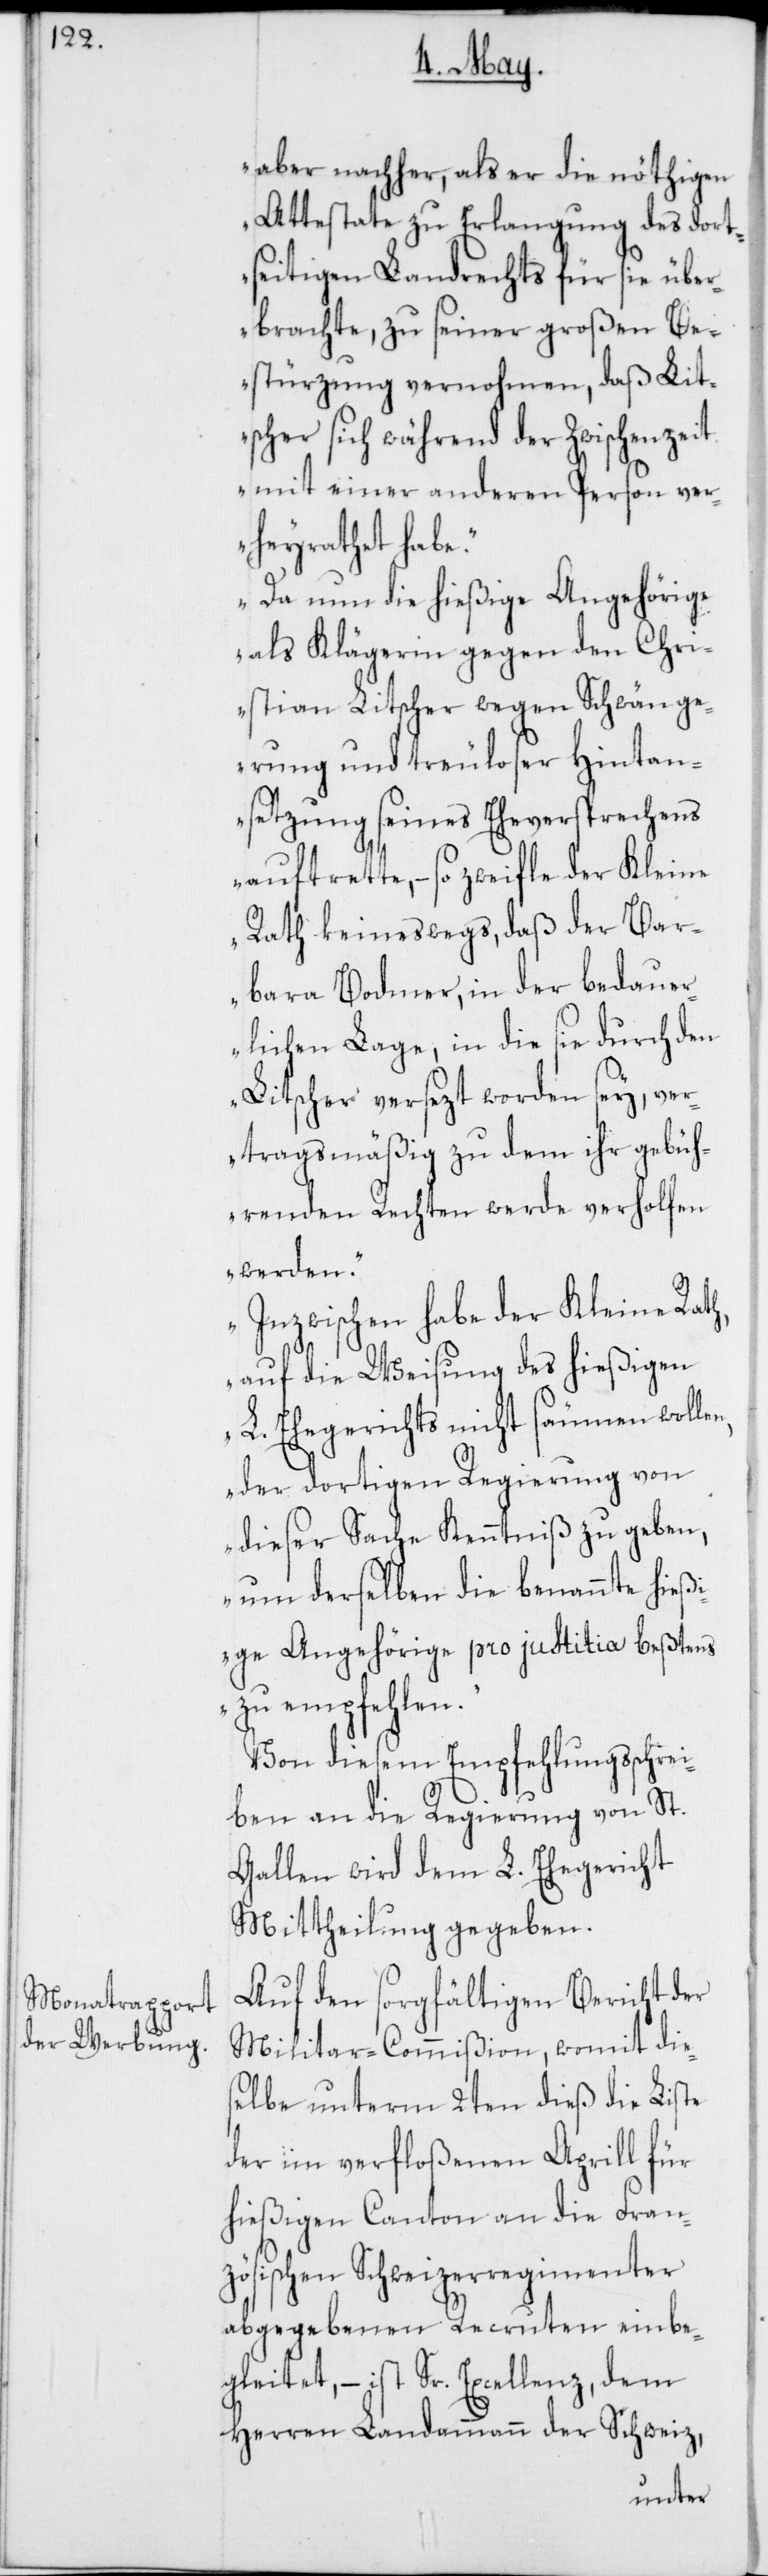
aber nachher, als er die nöthigen
Attestate zu Erlangung des dort¬
seitigen Landrechts für sie über¬
brachte, zu seiner großen Be¬
stürzung vernohmen, daß Lit¬
scher sich während der Zwischenzeit
mit einer anderen Person ver¬
heyrathet habe.
Da nun die hießige Angehörige
als Klägerin gegen den Chri¬
stian Litscher wegen Schwänge¬
rung und treuloser Hintan¬
setzung seines Eheverprechens
auftrette, – so zweyfle der Kleine
Rath keineswegs, daß der Bar¬
bara Bodmer, in der bedaue¬
rlichen Lage, in die sie durch den
Litscher versezt worden sey, ve¬
rtragsmäßig zu dem ihr gebüh¬
renden Rechten werde verholfen
werden.
Inzwischen habe der Kleine Rath,
auf die Weisung des hießigen
L. Ehegerichts nicht säumen wolle¬
n, der dortigen Regierung von
dieser Sache Kenntniß zu geben,
um derselben die benannte hießi¬
ge Angehörige pro justitia beßtens
zu empfehlen.“
Von diesem Empfehlungsschrei¬
ben an die Regierung von St.
Gallen wird dem L. Ehegericht
Mittheilung gegeben.
Auf den sorgfältigen Bericht der
Militar-Commißion, womit die¬
selbe unterm 2ten dieß die Liste
der im verfloßenen Aprill für
hießigen Canton an die Fran¬
zösischen Schweizerregimenter
abgegeben Recruten einbe¬
gleitet, – ist Sr. Excellenz, dem
Herren Landammann der Schweiz,